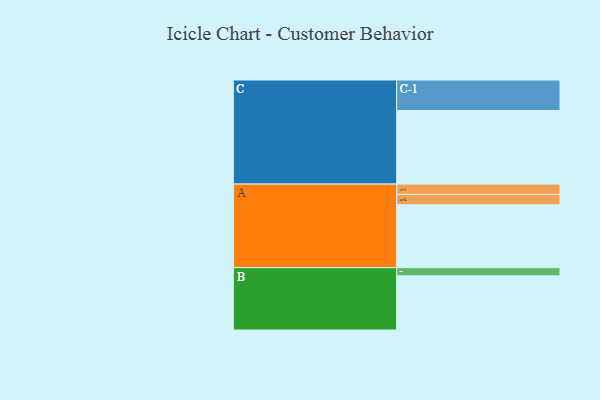
{"axis": {"x": "Segment", "y": "Value"}, "legend": ["", "A", "B", "C"], "data": [{"x": "A", "y": 511, "type": ""}, {"x": "B", "y": 440, "type": ""}, {"x": "C", "y": 597, "type": ""}, {"x": "A-1", "y": 84, "type": "A"}, {"x": "A-2", "y": 84, "type": "A"}, {"x": "B-1", "y": 66, "type": "B"}, {"x": "C-1", "y": 248, "type": "C"}]}